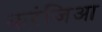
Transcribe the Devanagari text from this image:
करंजिआ